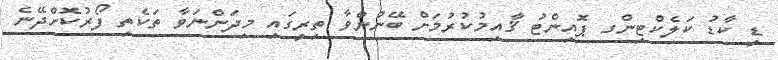
ޑީ ކާޑު ކަލެކްޓިންގ ޕޮއިންޓު ޤާއިމުކުރުމަށް ބޭނުންވާ ތިރީގައި މިދަންނަވާ ތަކެތި ފޯރުކޮށްދޭނެ